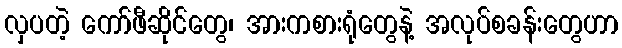
လှပတဲ့ ကော်ဖီဆိုင်တွေ၊ အားကစားရုံတွေနဲ့ အလုပ်စခန်းတွေဟာ